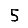
Digit: 5